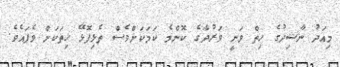
މިއަދު ނާޝިދުގެ ހިތް ވަނީ ވަރުދާގެ ކޮންމެ ކަމަކަށްވެސް ތެޅިފޮޅޭ ހިތަކަށް ވެފައެވެ.